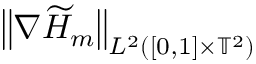
\begin{array} { r l } { \lefteqn { \bigl \| \nabla \widetilde { H } _ { m } \bigr \| _ { L ^ { 2 } ( [ 0 , 1 ] \times \ensuremath { \mathbb { T } } ^ { 2 } ) } } \ \ \ } & { { } } \end{array}